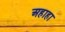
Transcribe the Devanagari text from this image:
अहाहा